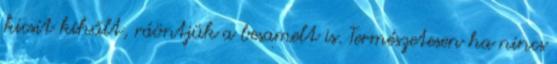
kicsit kihűlt, ráöntjük a besamelt is. Természetesen ha nincs